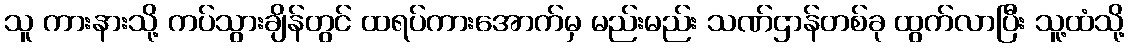
သူ ကားနားသို့ ကပ်သွားချိန်တွင် ထရပ်ကားအောက်မှ မည်းမည်း သဏ်ဌာန်တစ်ခု ထွက်လာပြီး သူ့ထံသို့